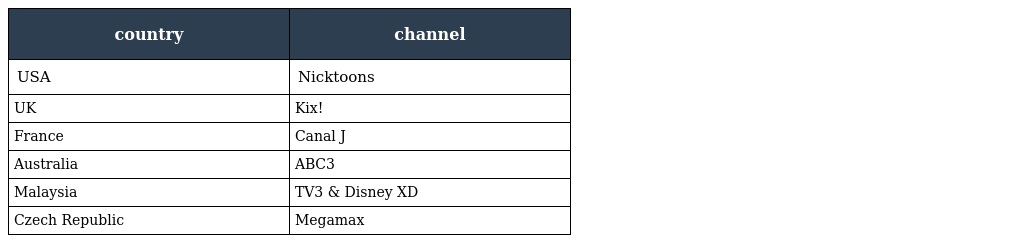
| country | channel |
 | --- | --- |
 | USA | Nicktoons |
 | UK | Kix! |
 | France | Canal J |
 | Australia | ABC3 |
 | Malaysia | TV3 & Disney XD |
 | Czech Republic | Megamax |